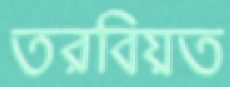
তরবিয়ত